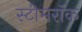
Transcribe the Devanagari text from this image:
स्टीमरॉक